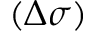
( \Delta \sigma )